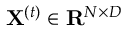
\mathbf { X } ^ { \left( t \right) } \in \mathbf { R } ^ { N \times D }